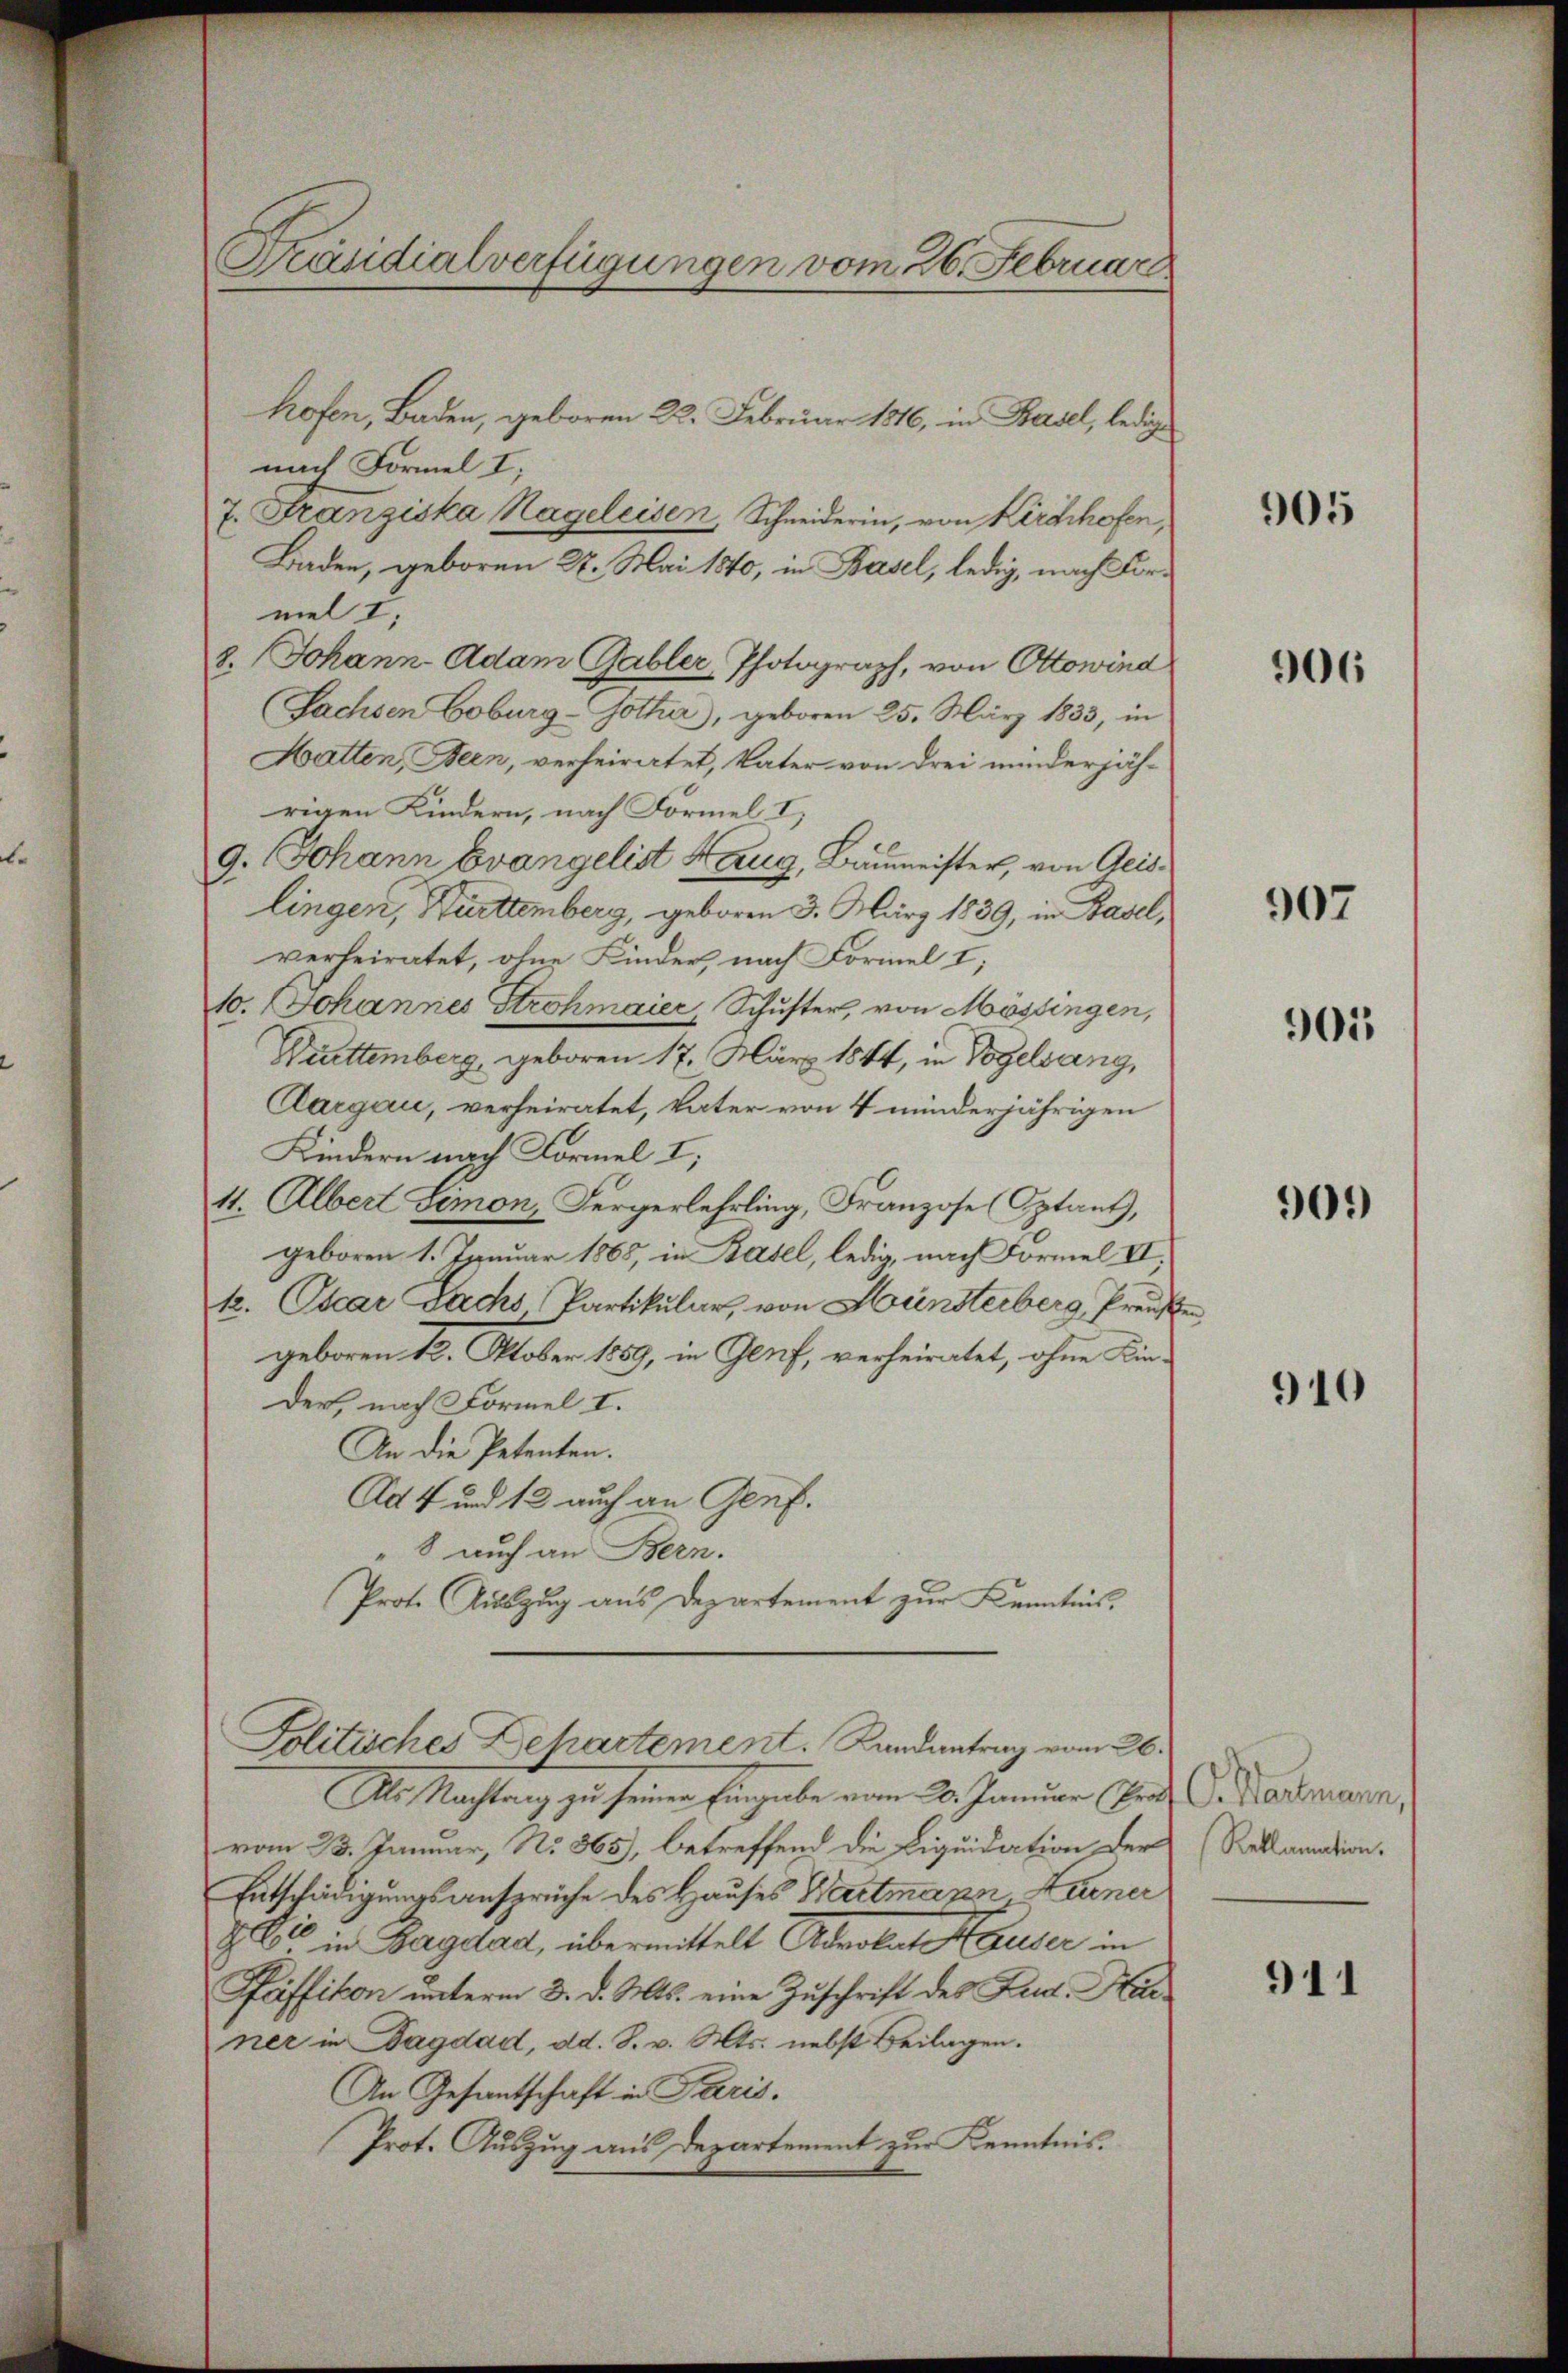
Präsidialverfügungen vom 26. Februar

hofen, Baden, geboren 22. Februar 1846, in Basel, ledig
nach Formel I
7. Franziska Nageleisen, Schneiderin, von Kirchhofen,
Baden, geboren 2. Mai 1840, in Basel, ledig, nach Formel I,
8. Johann Adam Gabler Photograph, von Ottowind
(Sachsen Coburg-Gotha, geboren 25. März 1833, in
Hatten, Seen, verheiratet, Vater von drei minderjäh-
rigen Kindern, nach Formel I
9. Johann Evangelist Haug, Baumeister, von Geislingen, Hurttemberg, geboren 3. März 1839, in Basel,
verheiratet, ohne Kinder, nach Formel I;
10. Johannes Strohmaier, Schuster, von Mössingen,
Drttemberg, geboren 17. März 1844, in Vogelsang,
Aargau, verheiratet, Vater von 4 minderjährigen
Kindern nach Formel I;
11. Albert Simon, Fergerlehrling, Franzose (Optant,
geboren 1. Januar 1865, in Basel, ledig, nach Formel VI.
12. Oucar Sachs Partikular, von Hünsterberg Preuß
geboren 12. Oktober 1889, in Genf, verheiratet, ohne Kin¬
Der, nach Formel I.
An die Petenten.
Ad 4 und 13 auch an Genf.
"8 auch an Bern.
Prote Auszug aus Departement zur Kenntnis,
Politisches Behartement. Randantrag vom 26.
M. Nachtung zu seine Eingabe vom 20. Januar (an
vom 23. Januar, No. 865), betreffend die Liquidation der
Entschädigungsansprüche des Hauses Wartmann Huener
& Cie in Bagdad, übermittelt Advokat Hauser in
Pfäffikon unterm 3. d. Mts. eine Zuschrift des Rud. Hiener in Bagdad, dd. S. v. Mts. nebst Beilagen.
An Gesantschaft in Paris.
Prot. Auszug aus Departement zur Kenntnis.

sen

905

906

907

901

909)

910

O. Wartmann, s
Reklamation.

911